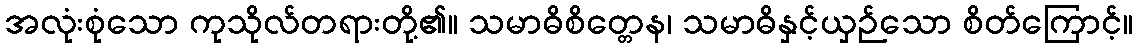
အလုံးစုံသော ကုသိုလ်တရားတို့၏။ သမာဓိစိတ္တေန၊ သမာဓိနှင့်ယှဉ်သော စိတ်ကြောင့်။